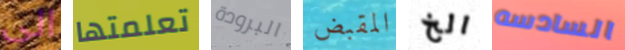
الى تعلمتها البرودة المقبض الخ السادسه